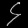
Digit: ၄